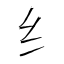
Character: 纟